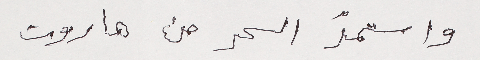
واستمّد الحر من هاروت